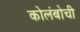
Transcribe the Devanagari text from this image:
कोलंबोची